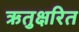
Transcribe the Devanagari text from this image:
ऋतुक्षरित